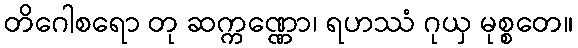
တိဂေါစရော တု ဆက္ကဏ္ဏော၊ ရဟဿံ ဂုယှ မုစ္စတေ။